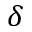
\delta